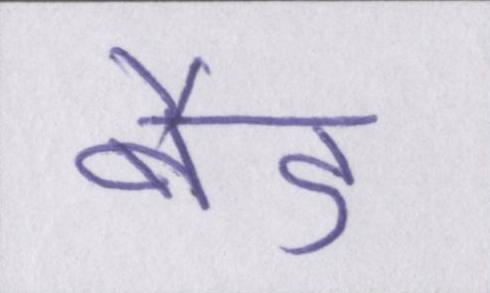
बैड